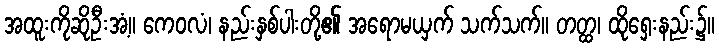
အထူးကိုဆိုဦးအံ့။ ကေဝလံ၊ နည်းနှစ်ပါးတို့၏ အရောမယှက် သက်သက်။ တတ္ထ၊ ထိုရှေးနည်း၌။